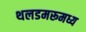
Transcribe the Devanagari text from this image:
थलडमरूमध्य